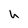
Character: h